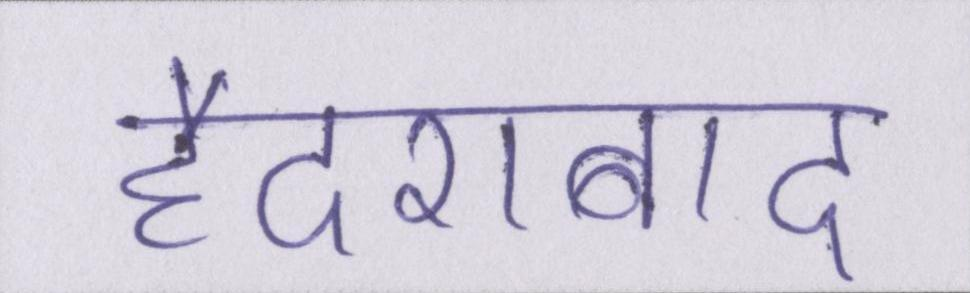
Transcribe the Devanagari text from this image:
हैदराबाद